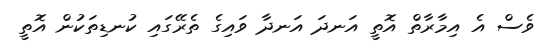
ވެސް އެ އިމާރާތް އޮތީ އަނދަ އަނދާ ވައިގެ ތެރޭގައި ކުނޑިތަކުން އޮތީ